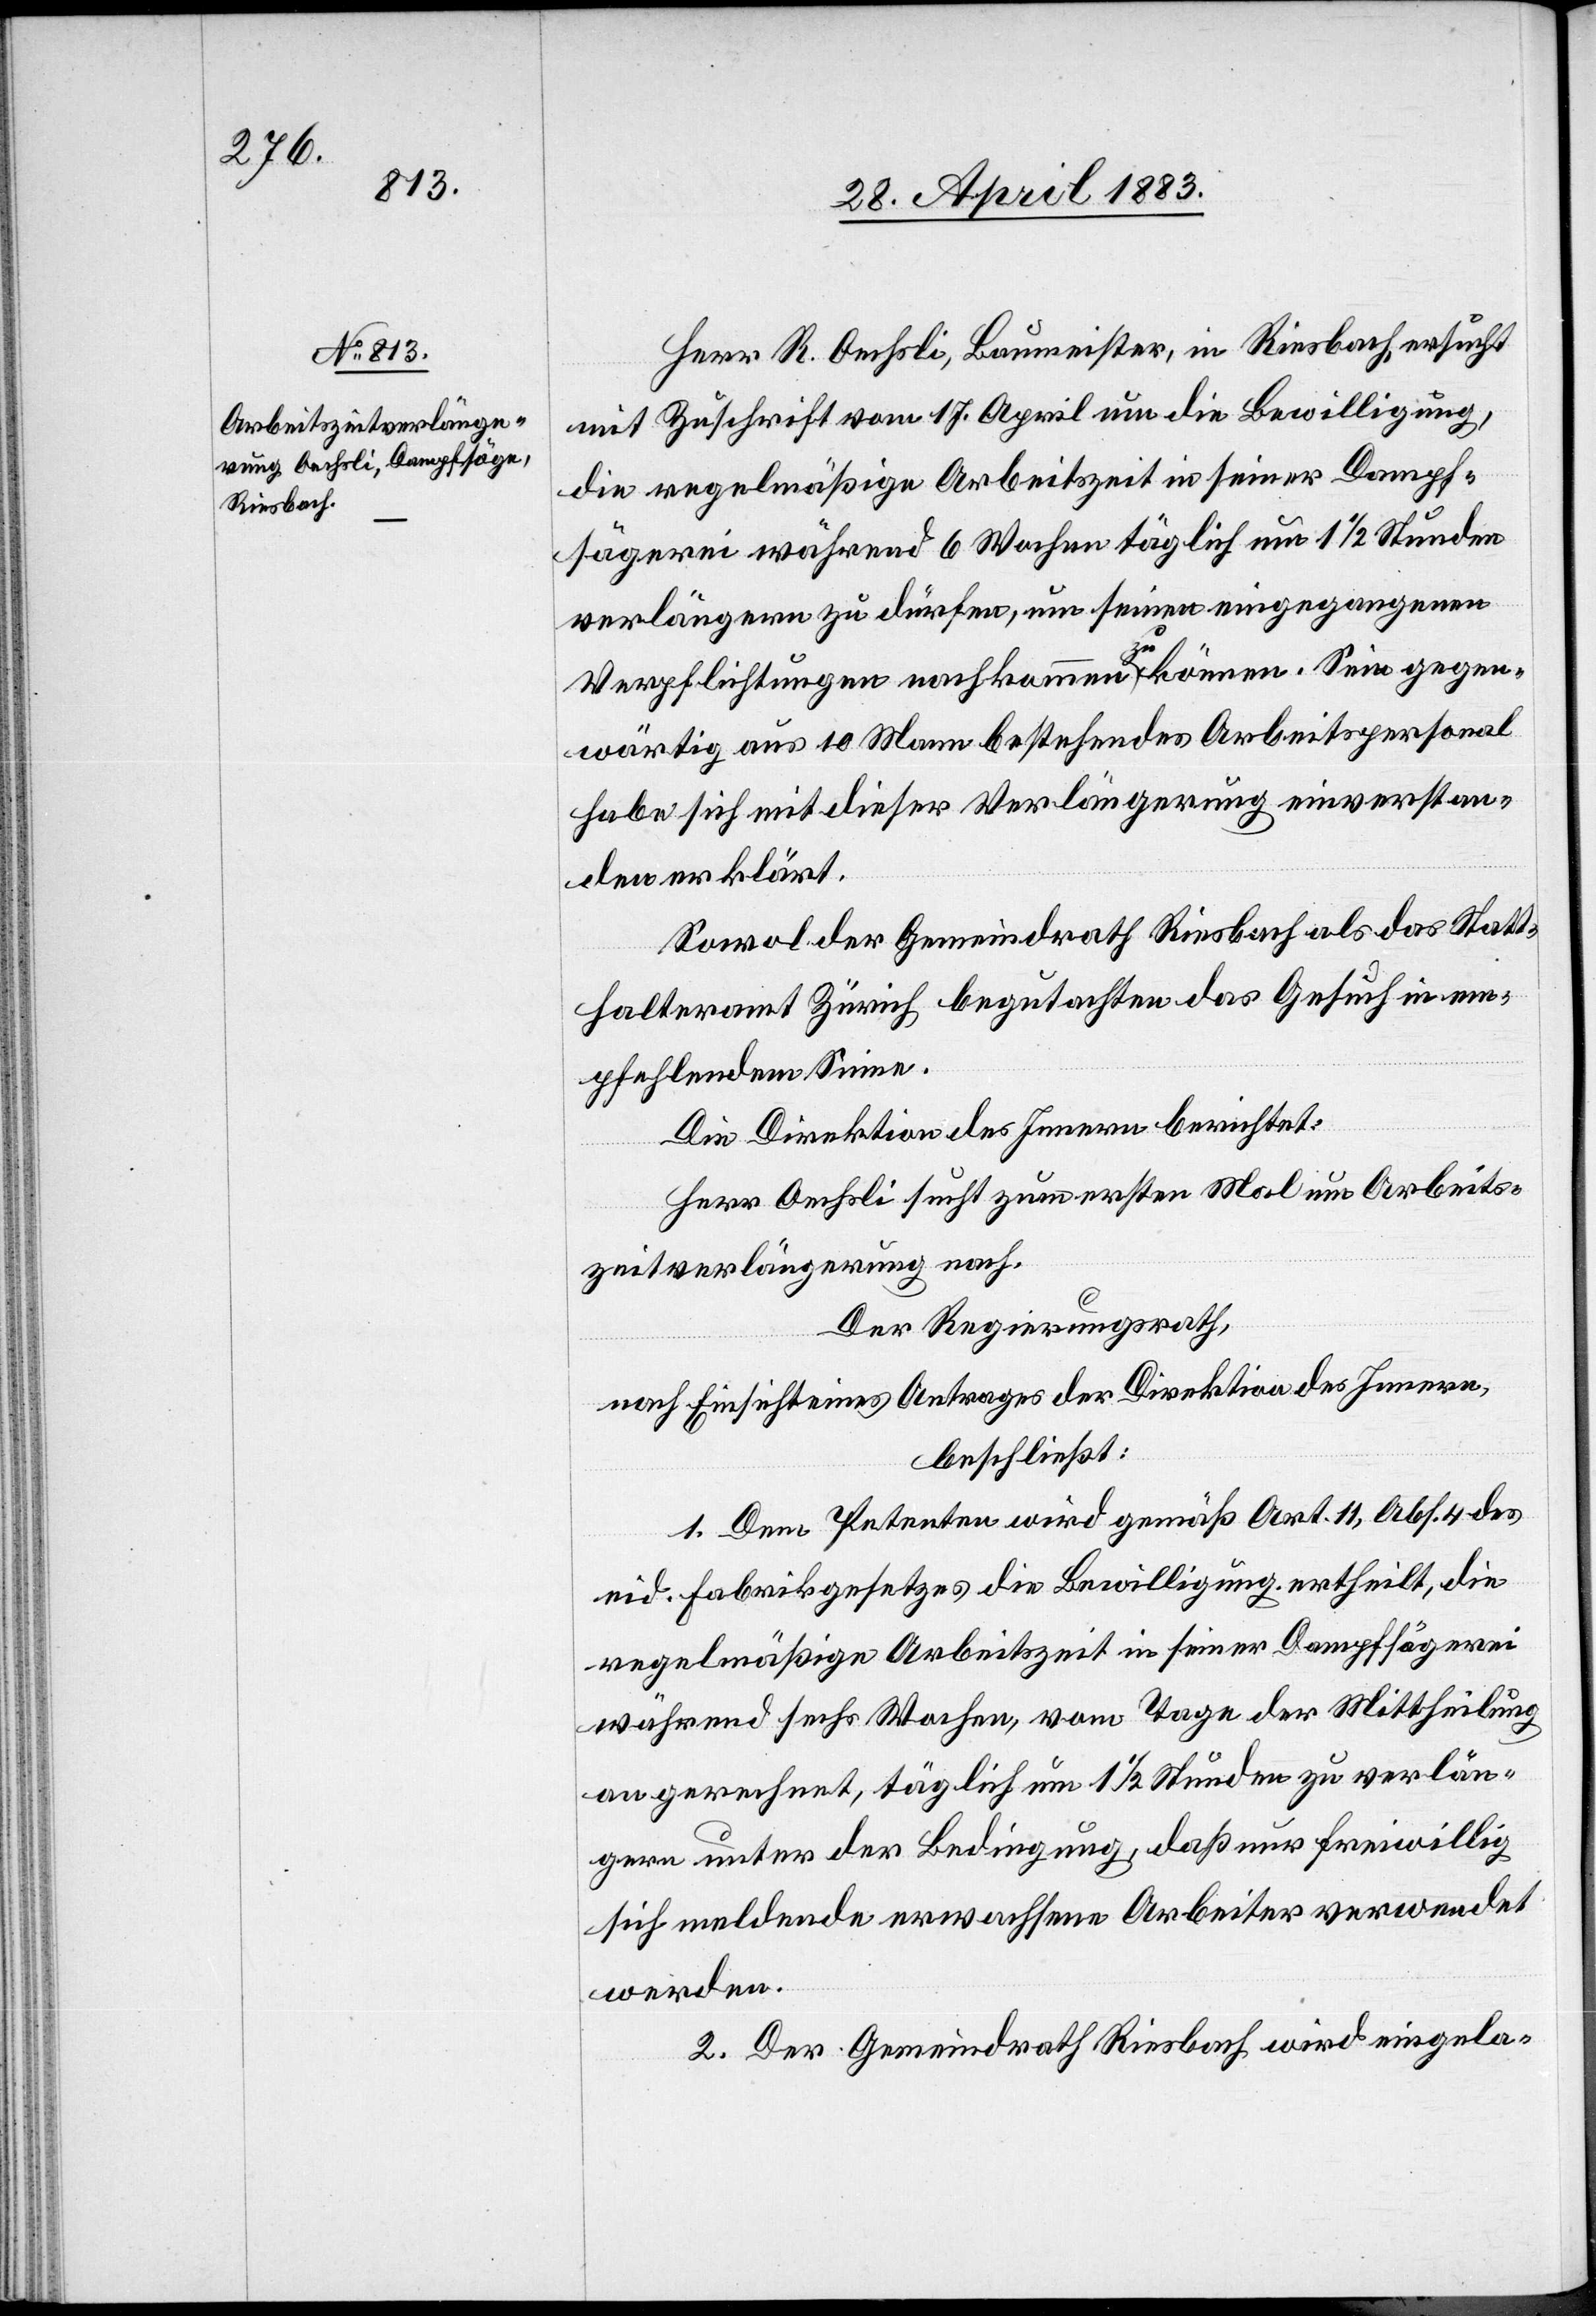
2. Mai 1883.]
Herr. R. Oechsli, Baumeister, in Riesbach, ersucht
mit Zuschrift vom 17. April um die Bewilligung,
die regelmäßige Arbeitszeit in seiner Dampf¬
sägerei während 6 Wochen täglich um 1 1/2 Stunden
verlängern zu dürfen, um seine eingegangenen
Verpflichtungen nachkommen zu können. Sein gegen¬
wärtig aus 10 Mann bestehendes Arbeitspersonal
habe sich mit dieser Verlängerung einverstan¬
den erklärt.
Sowol der Gemeindrath Riesbach als das Statt¬
halteramt Zürich begutachten das Gesuch in em¬
pfehlenden Sinne.
Die Direktion des Innern berichtet:
Herr Oechsli sucht zum ersten Mal um Arbeits¬
zeitverlängerung nach.
Der Regierungsrath,
nach Einsicht eines Antrages der Direktion des Innern,
beschließt:
1. Dem Petenten wird gemäß Art. 11, Abs. 4 des
eid. Fabrikgesetzes die Bewilligung ertheilt, die
regelmäßige Arbeitszeit in seiner Dampfsägerei
während sechs Wochen, vom Tage der Mittheilung
an gerechnet, täglich um 1 1/2 Stunden zu verlän¬
gern unter der Bedingung, daß nur freiwillig
sich meldende erwachsene Arbeiter verwendet
werden.
2. Der Gemeindrath Riesbach wird eingela-